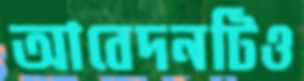
আবেদনটিও